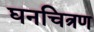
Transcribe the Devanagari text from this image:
घनचित्रण